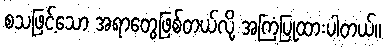
စသဖြင့်သော အရာတွေဖြစ်တယ်လို့ အကြံပြုထားပါတယ်။